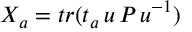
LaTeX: X _ { a } = t r ( t _ { a } \, u \, P \, u ^ { - 1 } )